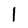
Character: l